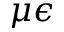
\mu \epsilon